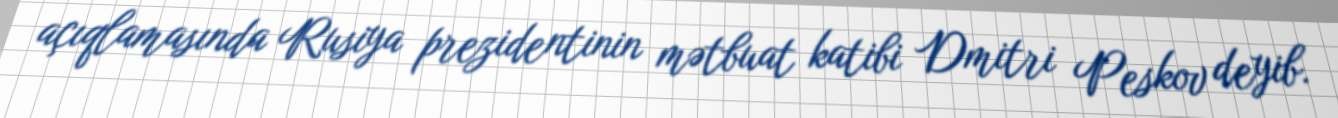
açıqlamasında Rusiya prezidentinin mətbuat katibi Dmitri Peskov deyib.